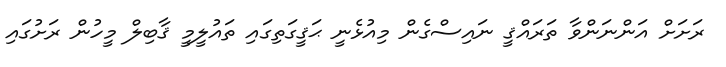
ރަށަށް އަންނަންވާ ތަރައްޤީ ނައިސްގެން މިއުޅެނީ ޙަޤީގަތިގައި ތައުލީމީ ޤާބިލް މީހުން ރަށުގައި